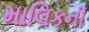
માલિકની